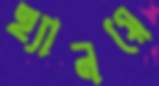
হ্যানয়ে